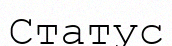
Статус